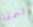
احمقا